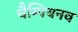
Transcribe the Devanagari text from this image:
चैम्पियनव